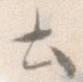
と